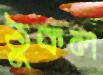
ঠুকল